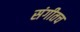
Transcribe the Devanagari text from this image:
संगीतच